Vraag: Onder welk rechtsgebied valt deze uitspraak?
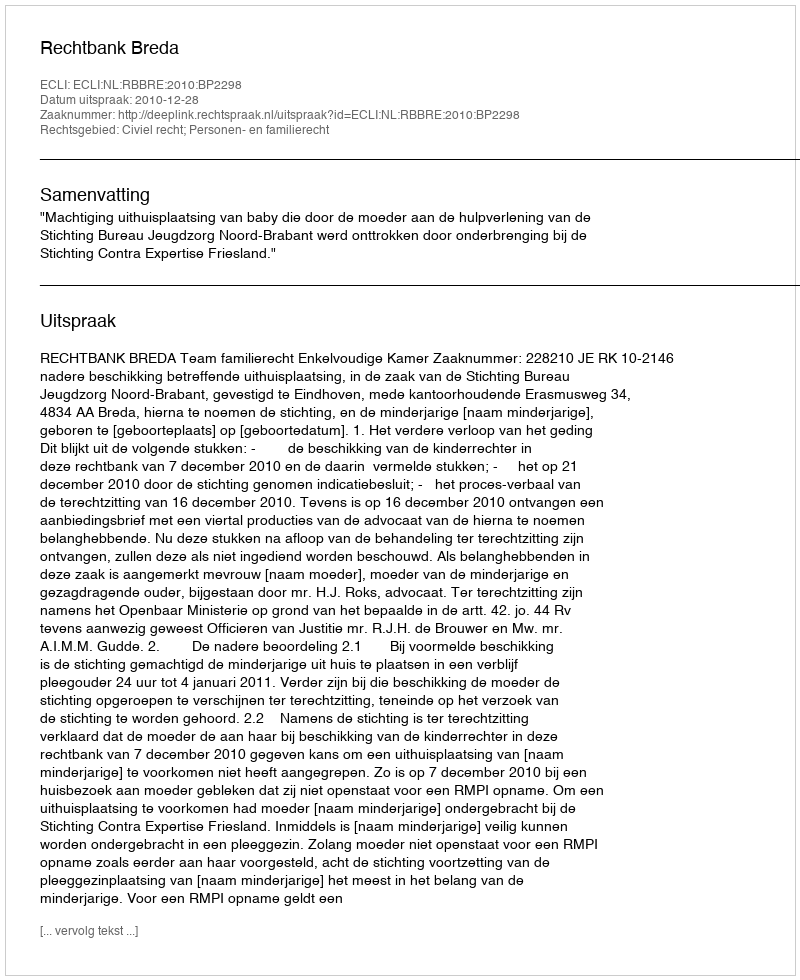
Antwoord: Civiel recht; Personen- en familierecht